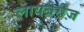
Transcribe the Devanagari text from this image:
लायब्रेरीज़